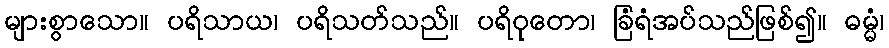
များစွာသော။ ပရိသာယ၊ ပရိသတ်သည်။ ပရိဝုတော၊ ခြံရံအပ်သည်ဖြစ်၍။ ဓမ္မံ၊